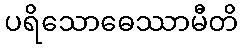
ပရိသောဓေဿာမီတိ